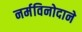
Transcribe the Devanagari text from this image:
नर्मविनोदाने